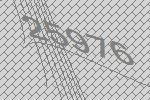
25976